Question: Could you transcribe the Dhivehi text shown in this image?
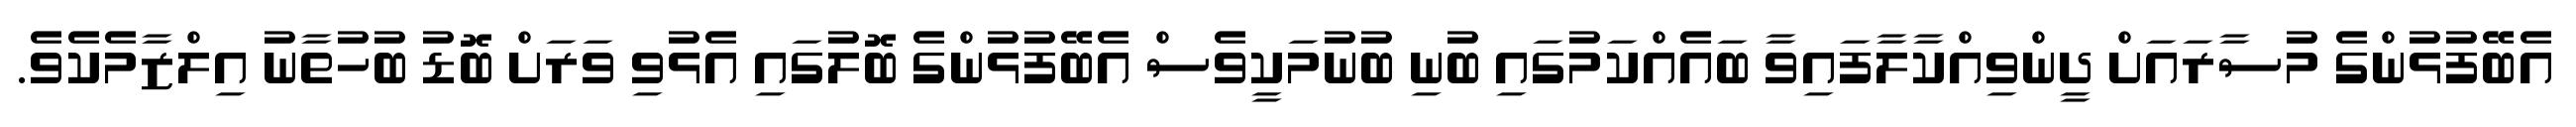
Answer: އެބޭފުޅުންގެ މުސާރައަށް ދީންވިއްކާލާފައިވާ ބައެއްކަމުގައި ބުނި ބުނުމަކީވެސް އެބޭފުޅުންގެ ބޮލުގައި އެޅުވި ވަރަށް ބޮޑު ބުހުތާނު އިލްޒާމެކެވެ.